Bréfritari: Þórunn Pálsdóttir
Viðtakandi: Páll Pálsson
Dagsetning: A-1849-09-11
Skrifað á: Hallfreðarstöðum  N-Múl.
Páll var bróðir Þórunnar

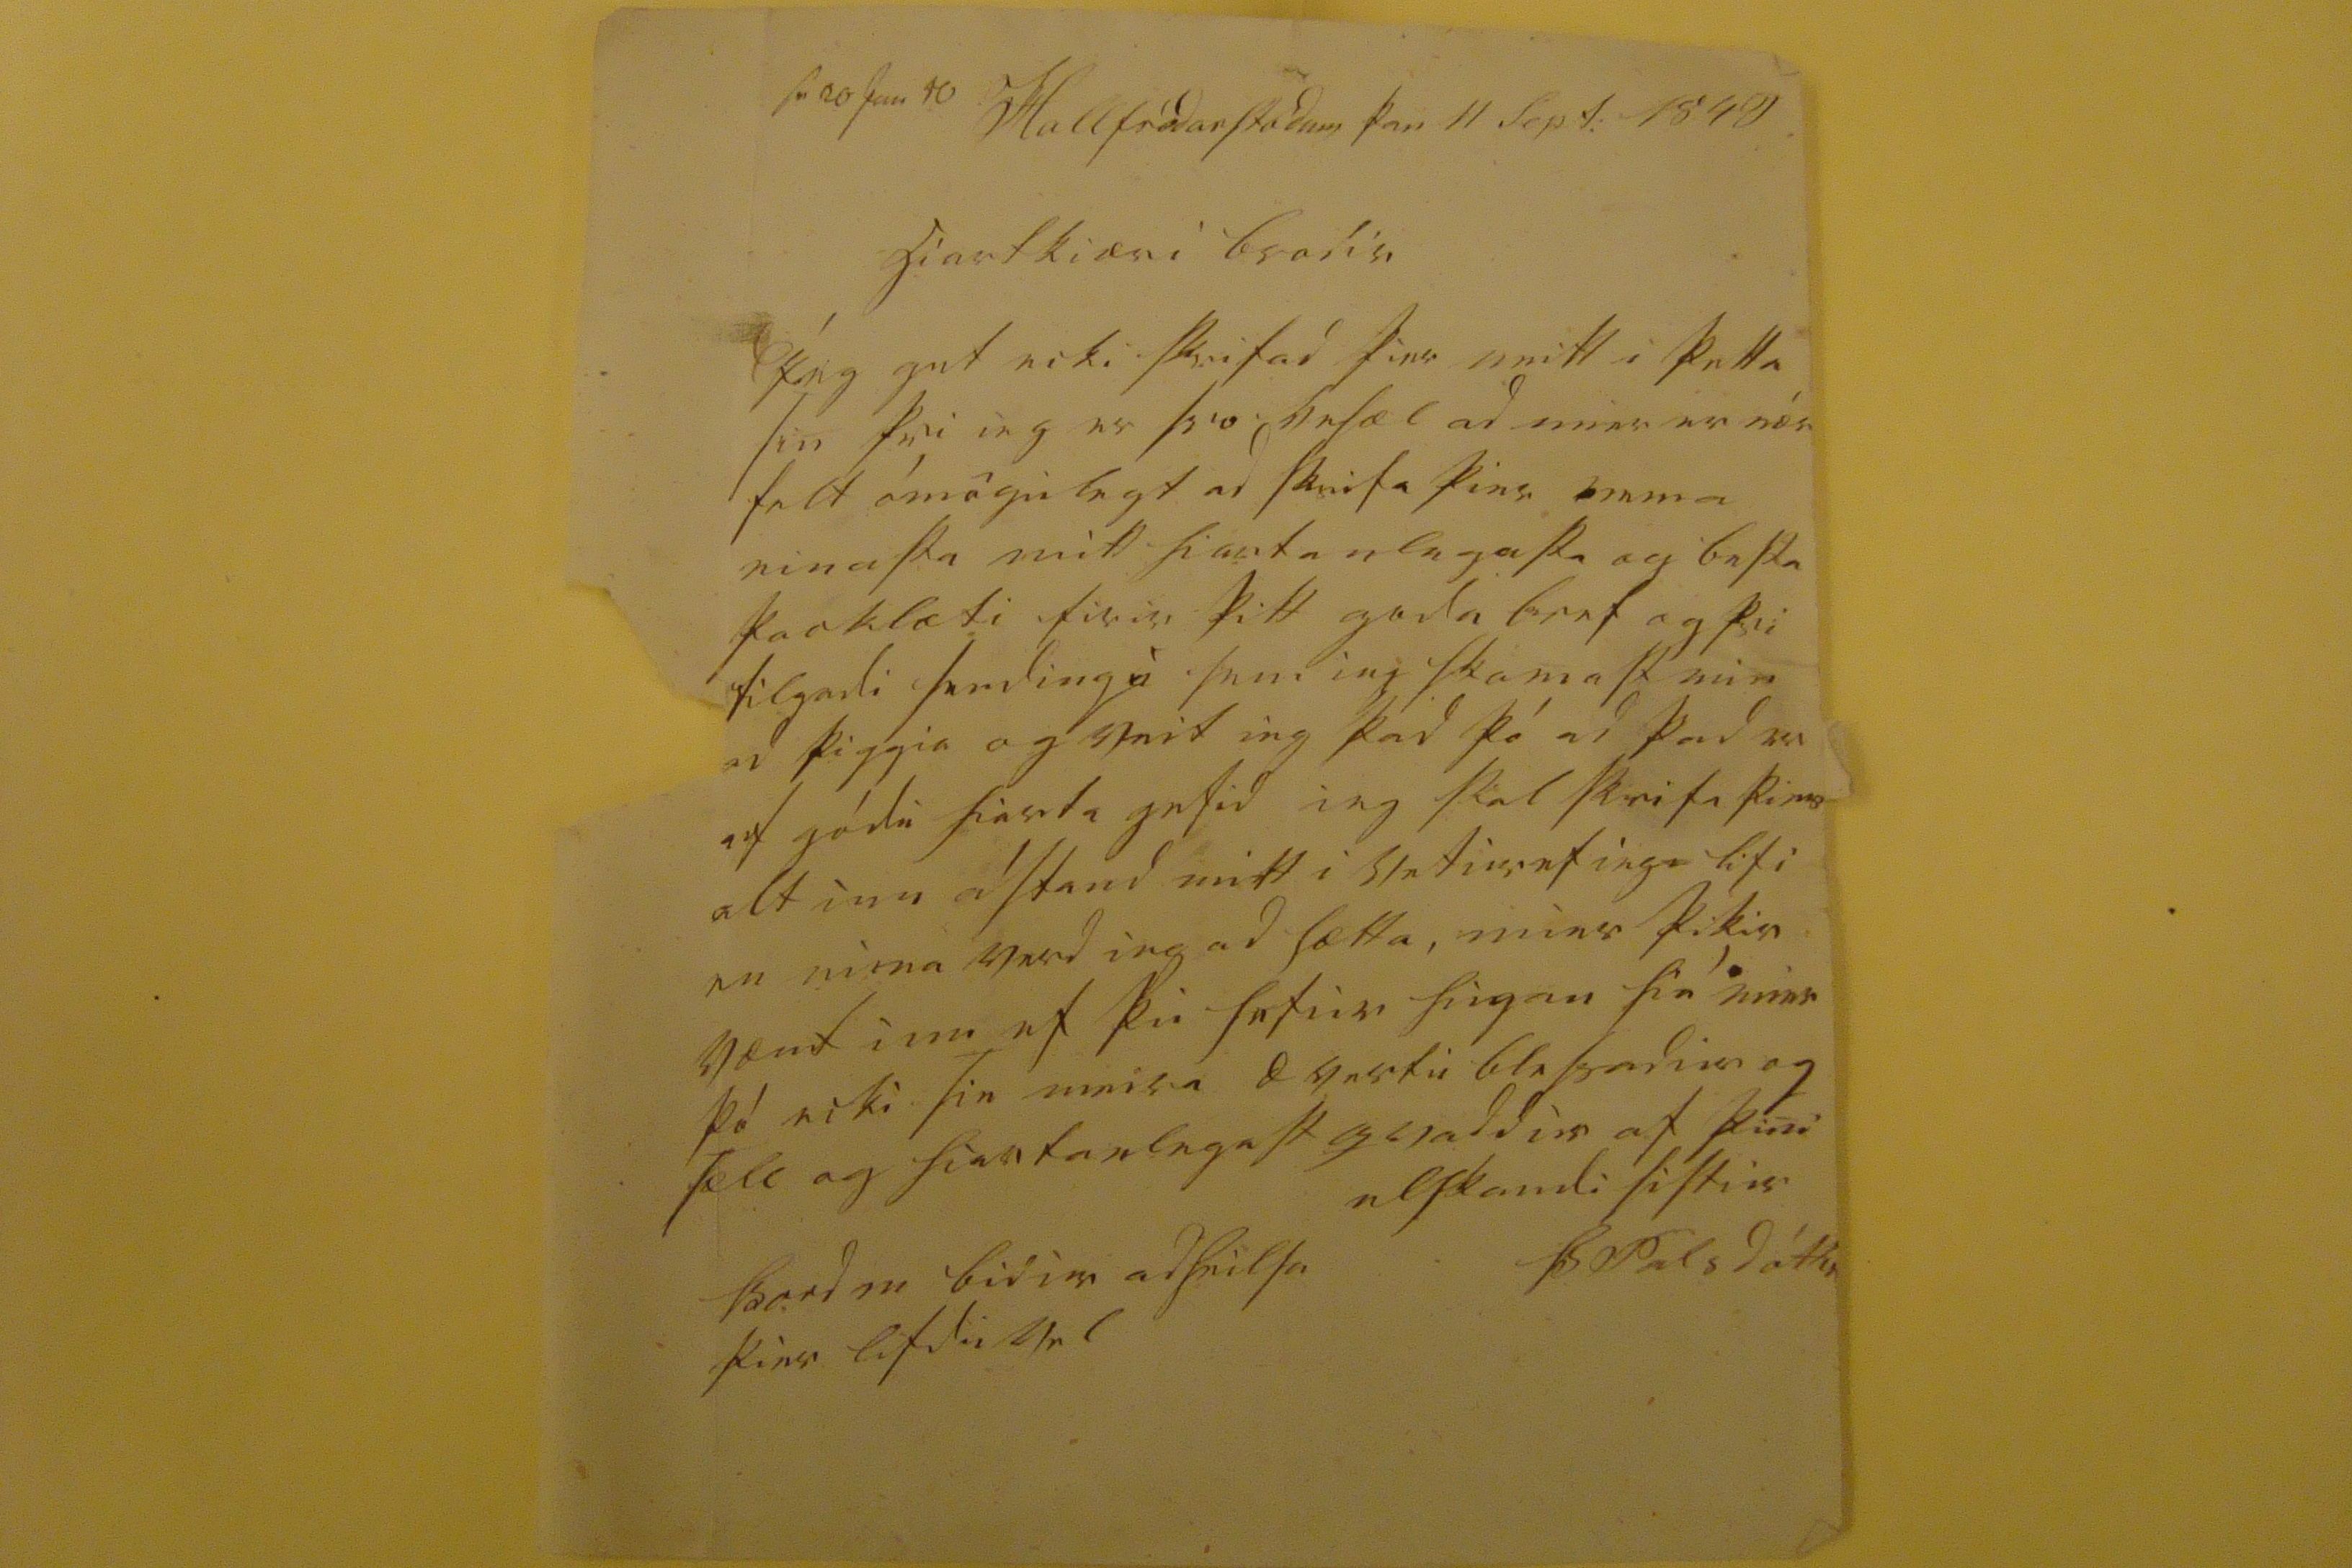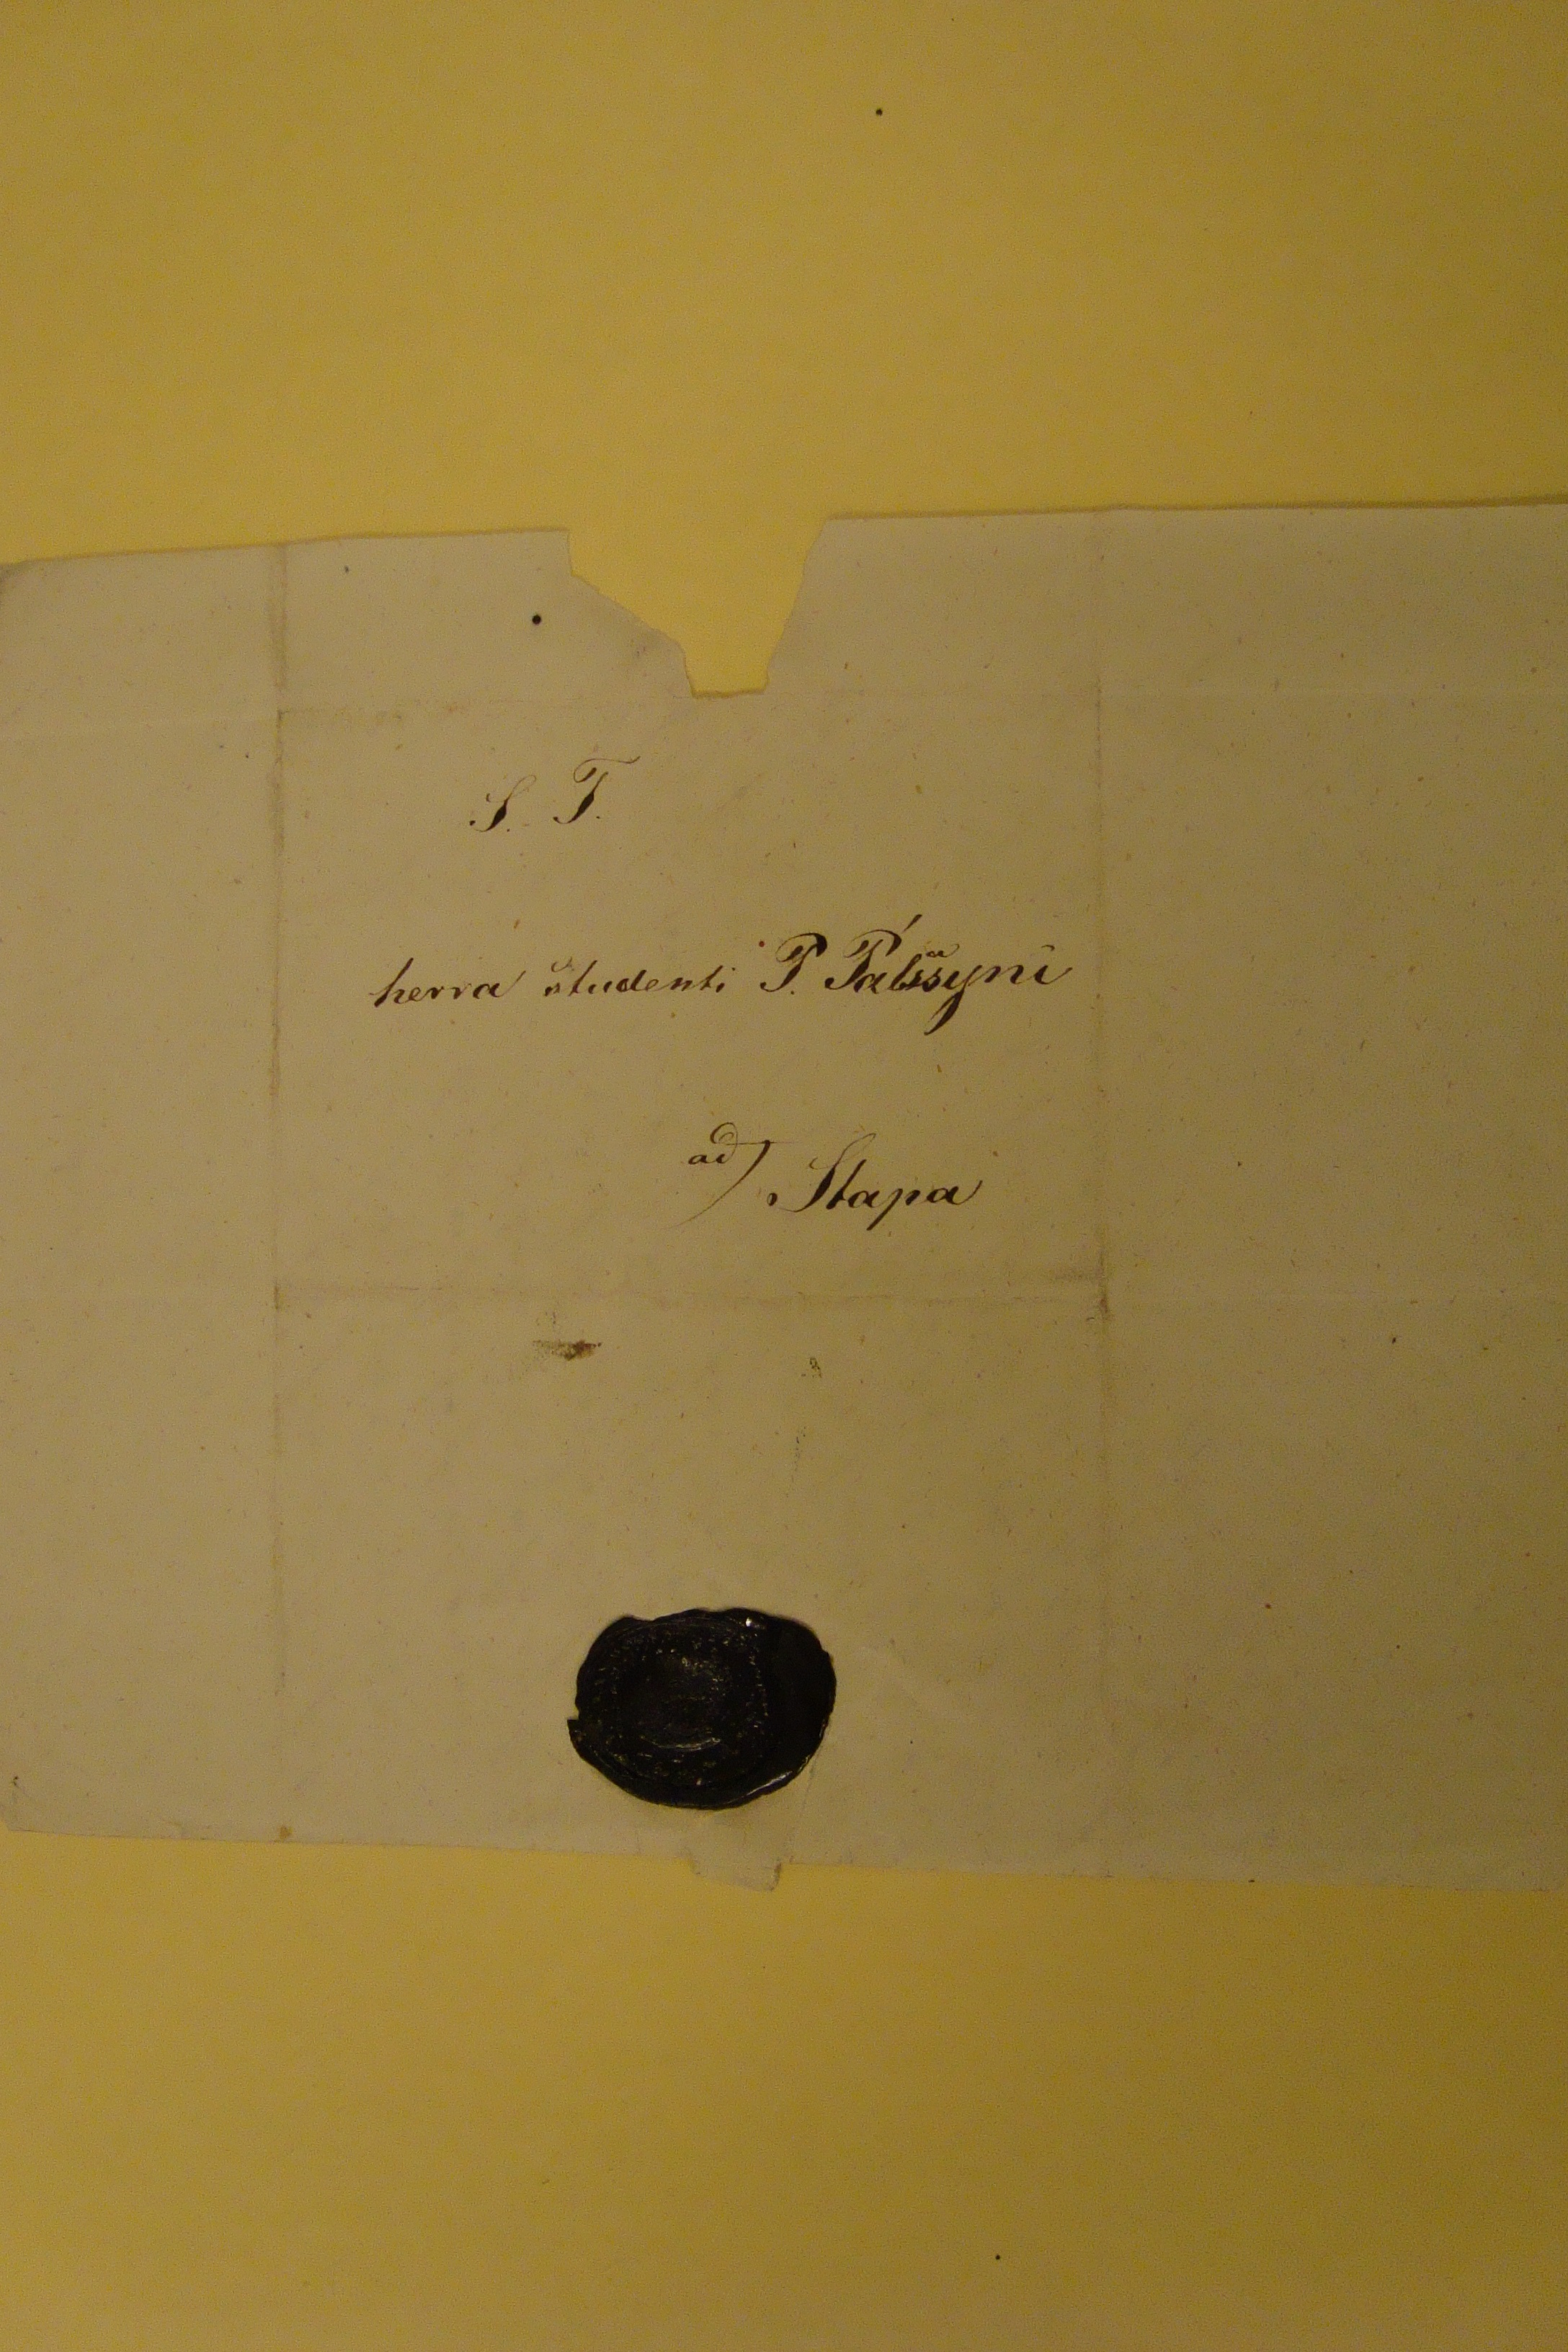

s0 20 jun 40
Hallfredarstodum þan 11 Sept: 1849
hiartkiæri brodir
Ieg get ecki skrifad þier neitt i þetta sin þvi ieg er svo vesæl ad mier er nær falt ómögulegt ad skrifa þier nema einasta mitt hiartanlegasta og besta þacklæti firir þitt goda bref og þvi tilgodi sem ieg á sem ieg skamast min ad þiggia og veit ieg þad þó ad þad er af gódu hiarta gefid ieg skal skrifa þier alt um ástand mitt i vetur ef ieg lifi en nuna verd ieg ad hætta, mier þikir vænt um ef þu hefur hugan hiá mier þó ecki sie meira æ vertu blessadur og sæll og hiartanlegast qvaddur af þini elskandi sistur
Þ Palsdóttir
Þord m bidur ad heilsa þier lifdu vel
S. T. herra studenti P. Pálssyni ad Stapa